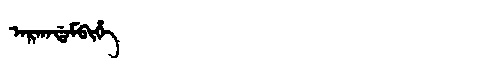
Manchu: ᠠᡵᡤᠠᡩᠠᠮᠪᡳᡥᡝ
Romanization: ARGADAMBIHE